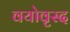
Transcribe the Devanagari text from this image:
वयोवृस्द